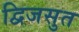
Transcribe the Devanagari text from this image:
द्विजसुत